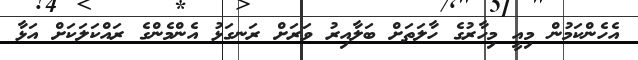
އެހެންކަމުން މިއީ މިހާރުގެ ހާލަތަށް ބަލާއިރު ވަރަށް ރަނގަޅު އެންމެންގެ ރައްކަލަކަށް އަޅާ